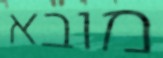
מובא